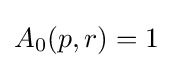
A_{0}(p,r)=1